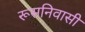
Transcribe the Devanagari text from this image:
रूसनिवासी